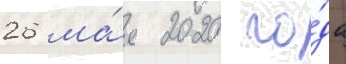
26 ма́я 2020 го́да